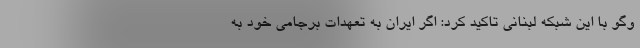
وگو با این شبکه لبنانی تاکید کرد: اگر ایران به تعهدات برجامی خود به